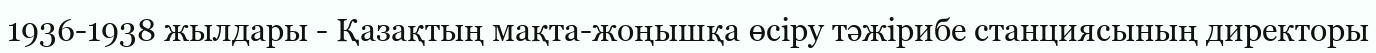
1936-1938 жылдары - Қазақтың мақта-жоңышқа өсіру тәжірибе станциясының директоры